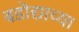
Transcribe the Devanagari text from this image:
बडॊद्याच्या